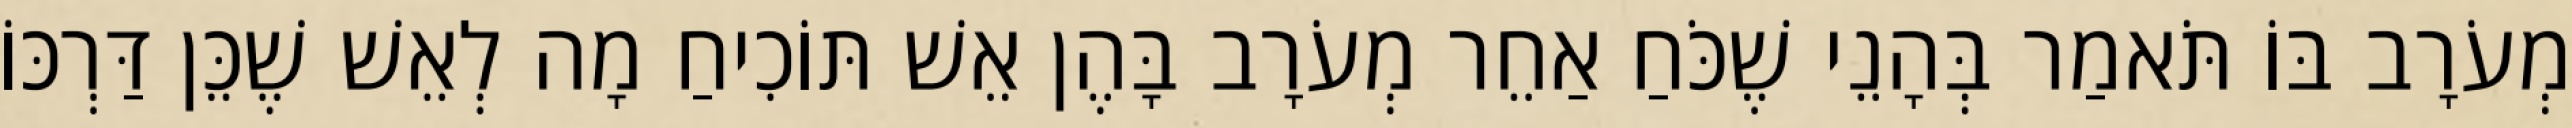
מְעֹרָב בּוֹ תֹּאמַר בְּהָנֵי שֶׁכֹּחַ אַחֵר מְעֹרָב בָּהֶן אֵשׁ תּוֹכִיחַ מָה לְאֵשׁ שֶׁכֵּן דַּרְכּוֹ